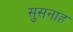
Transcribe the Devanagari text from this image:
सुसनाह